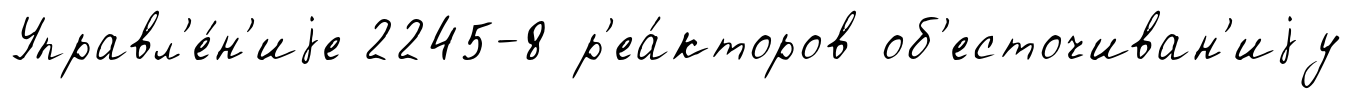
Управл'е́н'иjе 2245-8 р'еа́кторов об'есточиван'иjу